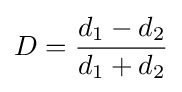
D={\frac {d_{1}-d_{2}}{d_{1}+d_{2}}}